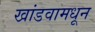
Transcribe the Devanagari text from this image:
खांडवामधून